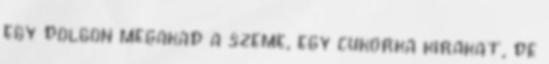
egy dolgon megakad a szeme, egy cukorka kirakat, de